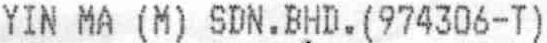
YIN MA (M) SDN.BHD.(974306-T)